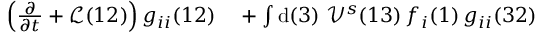
\begin{array} { r l } { \left( \frac { \partial } { \partial t } + \mathcal { L } ( 1 2 ) \right) g _ { i i } ( 1 2 ) } & { { } + \int \mathrm { d } ( 3 ) \; \mathcal { V } ^ { s } ( 1 3 ) \, f _ { i } ( 1 ) \, g _ { i i } ( 3 2 ) } \end{array}